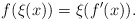
\begin{align*}f(\xi(x)) = \xi(f'(x)).\end{align*}